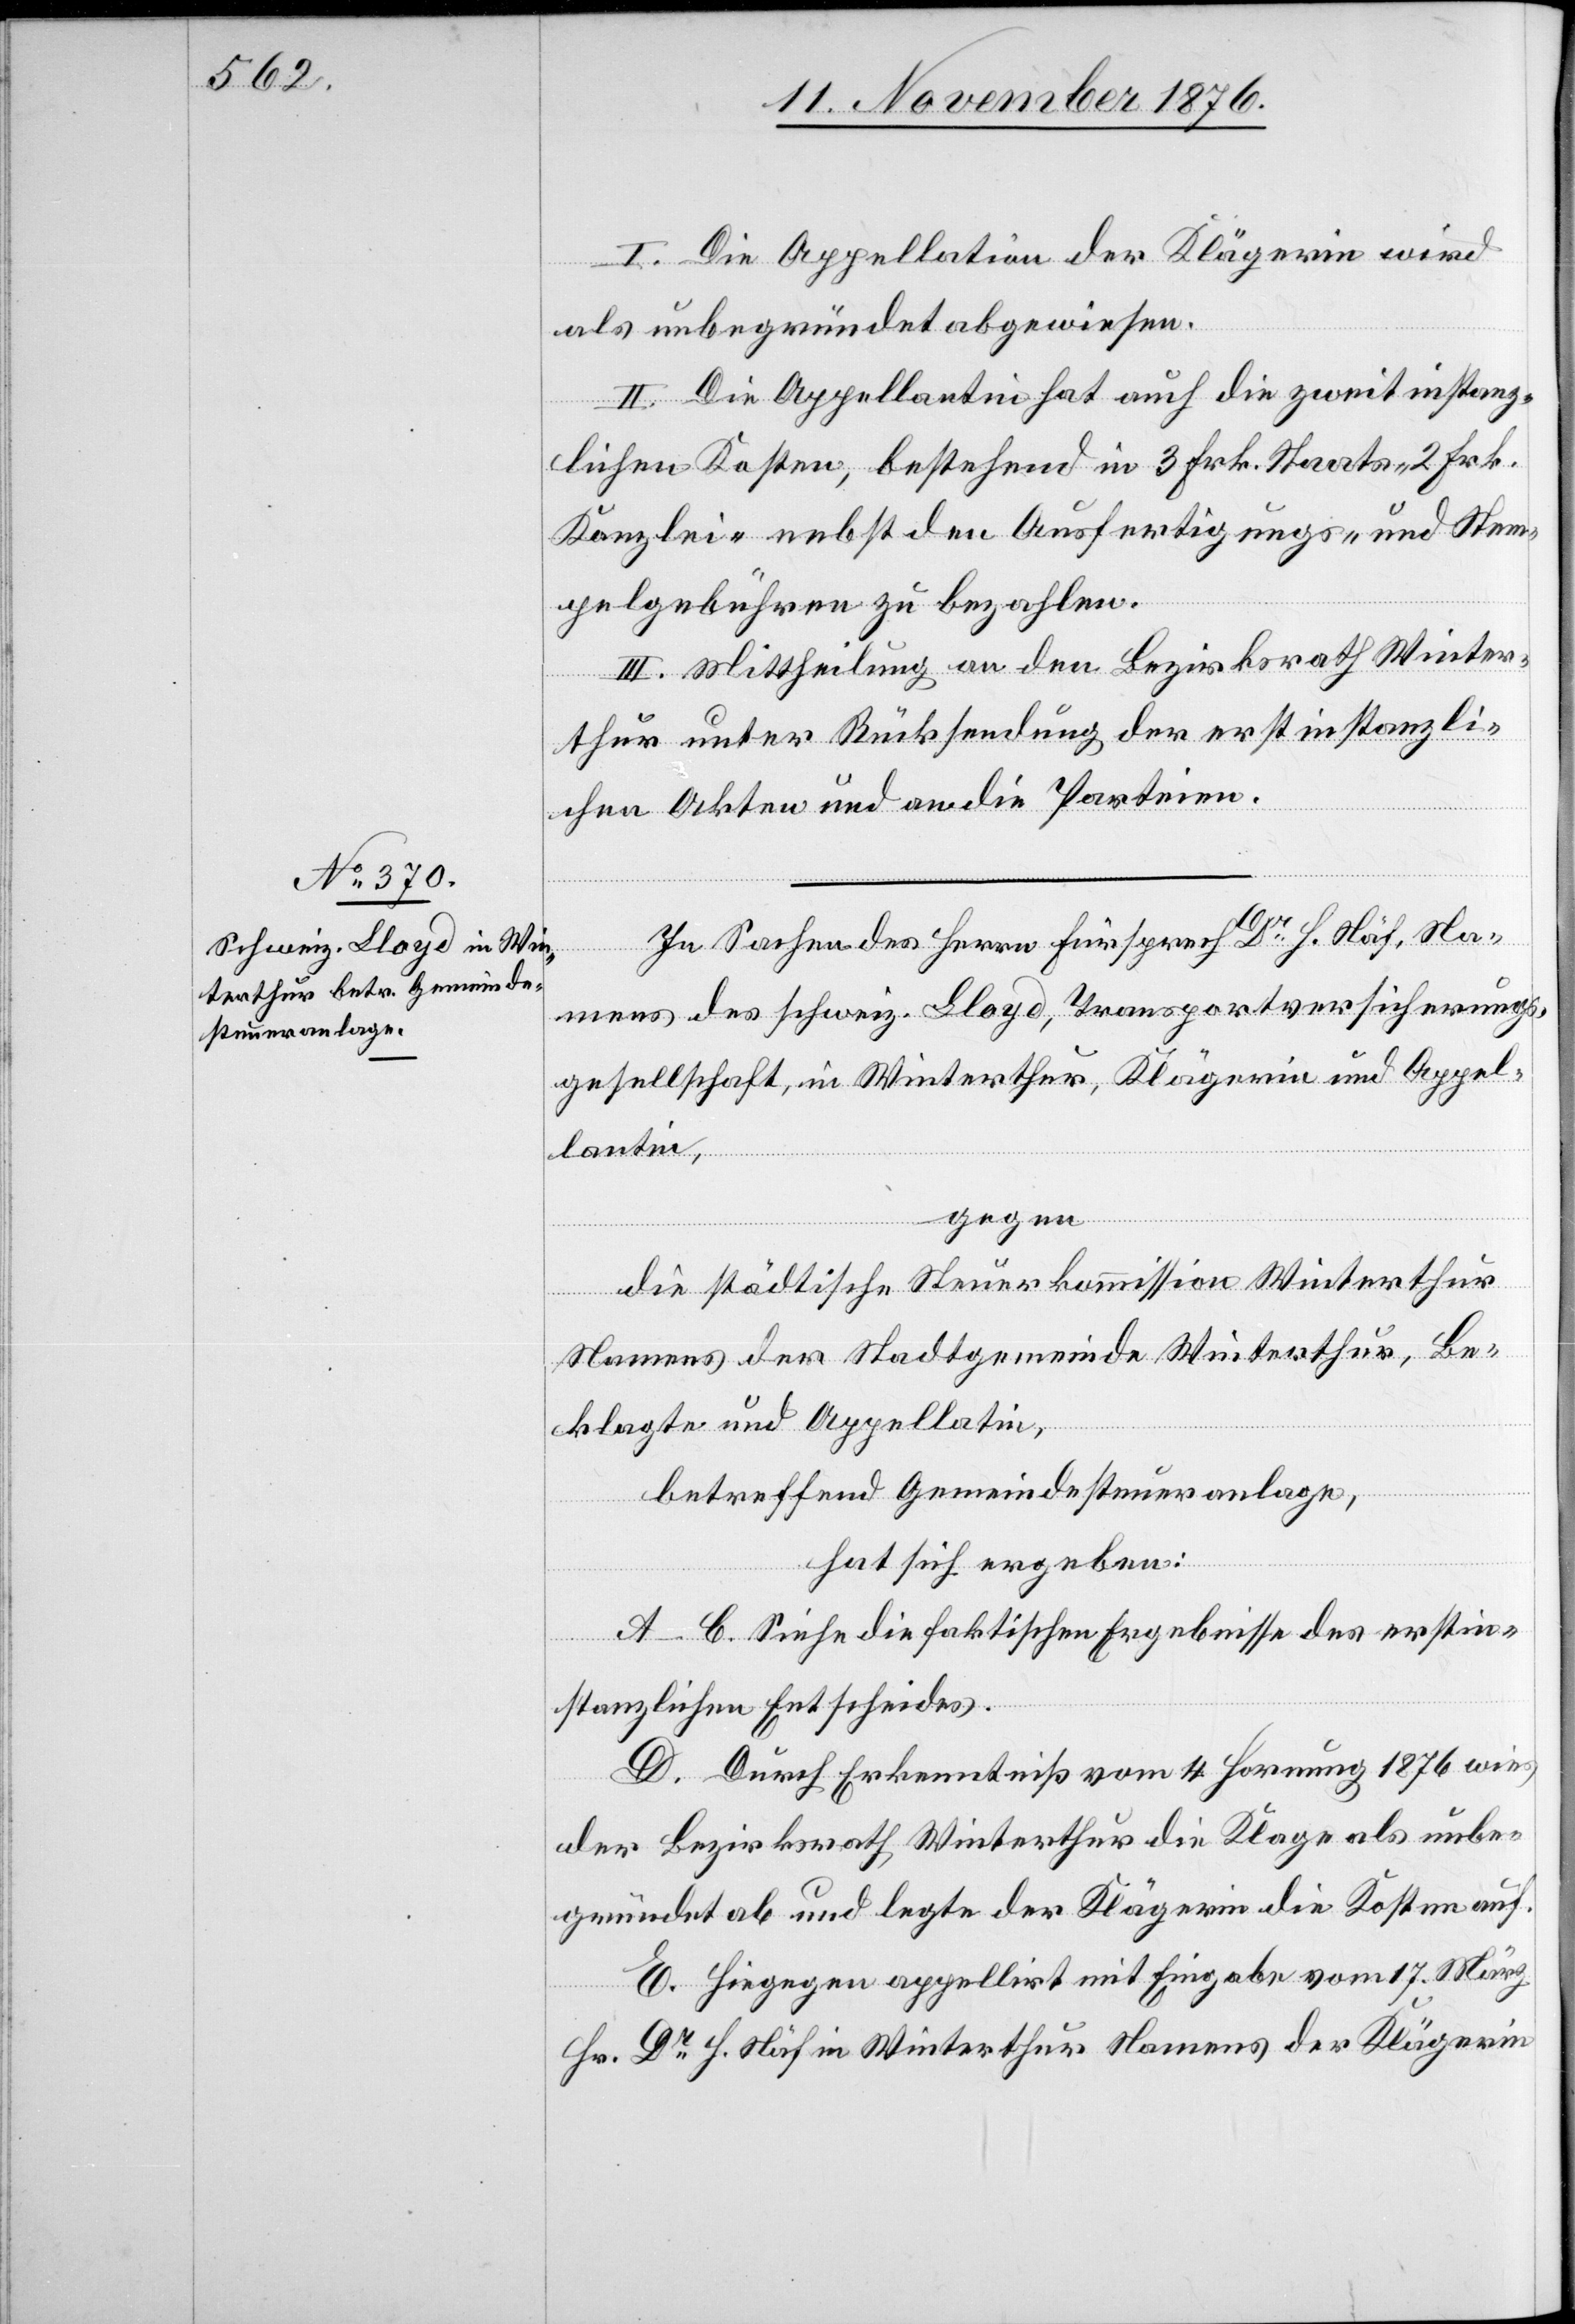
In Sachen des Herrn Fürsprech Dr H. Näf, Na¬
mens des schweiz. Lloyd, Transportversicherungs¬
gesellschaft, in Winterthur, Klägerin und Appel¬
lantin,
gegen
die städtische Steuerkommission Winterthur
Namens der Stadtgemeinde Winterthur, Be¬
klagte und Appellantin,
betreffend Gemeindesteueranlage,
hat sich ergeben:
A–C. Siehe die faktischen Ergebnisse des erstin¬
stanzlichen Entscheides.
D. Durch Erkenntniß vom 4. Hornung 1876 wies
der Bezirksrath Winterthur die Klage als unbe¬
gründet ab und legte der Klägerin die Kosten auf.
E. Hiegegen appellirt mit Eingabe vom 17. März
Hr. Dr H. Näf in Winterthur Namens der Klägerin